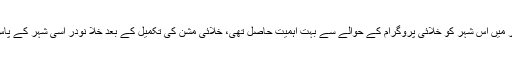
سوویت یونین کے دور میں اس شہر کو خلائی پروگرام کے حوالے سے بہت اہمیت حاصل تھی، خلائی مشن کی تکمیل کے بعد خلا نودر اسی شہر کے پاس لینڈ کیا کرتے تھے۔